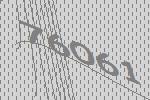
76061